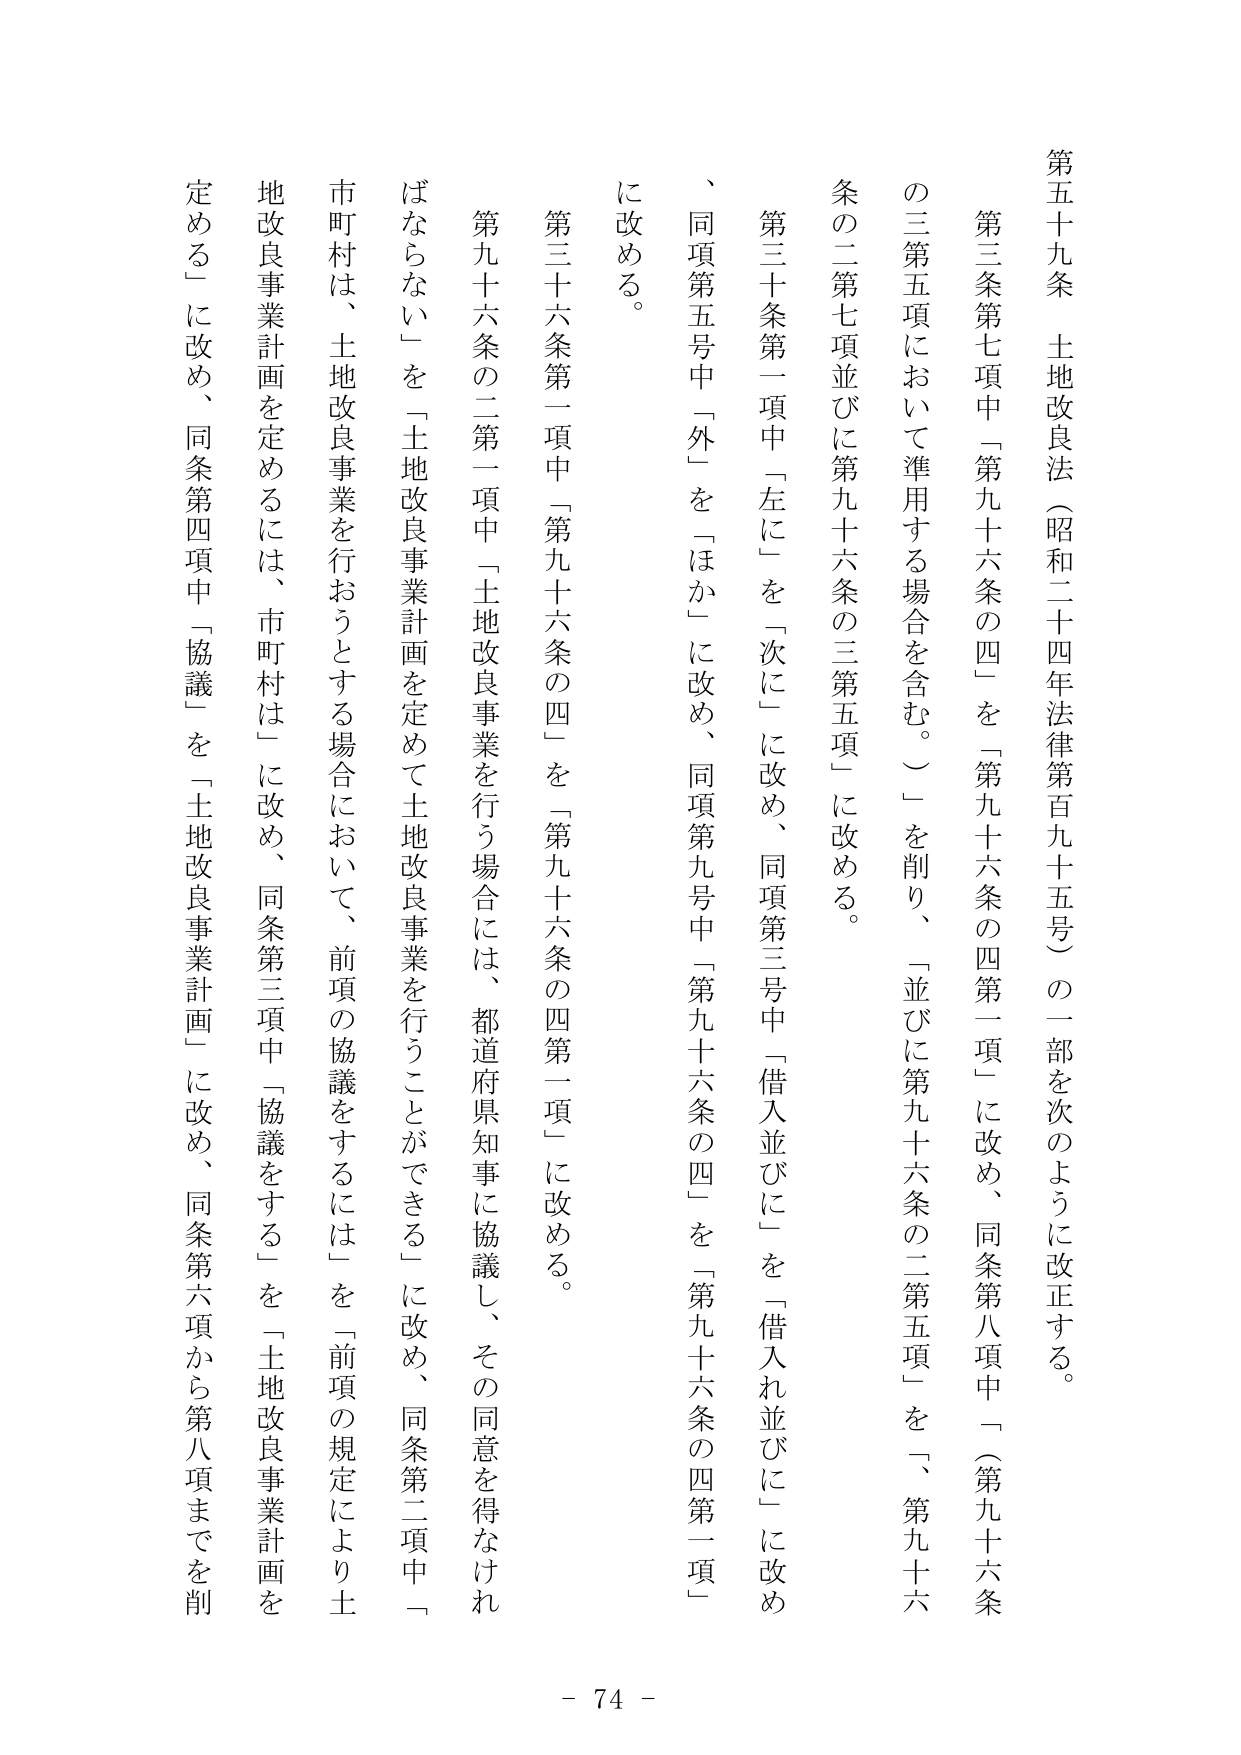
第五十九条　土地改良法（昭和二十四年法律第百九十五号）の一部を次のように改正する。

第三条第七項中「第九十六条の四」を「第九十六条の四第一項」に改め、同条第八項中「（第九十六条の三第五項において準用する場合を含む。）」を削り、「並びに第九十六条の二第五項」を「第九十六条の二第七項並びに第九十六条の三第五項」に改める。

第三十条第一項中「左に」を「次に」に改め、同項第三号中「借入並びに」を「借入れ並びに」に改め、同項第五号中「外」を「ほか」に改め、同項第九号中「第九十六条の四」を「第九十六条の四第一項」に改める。

第三十六条第一項中「第九十六条の四」を「第九十六条の四第一項」に改める。

第九十六条の二第一項中「土地改良事業を行う場合には、都道府県知事に協議し、その同意を得なければならぬ」を「土地改良事業計画を定めて土地改良事業を行うことができる」に改め、同条第二項中「市町村は、土地改良事業を行おうとする場合において、前項の協議をするには」を「前項の規定により土地改良事業計画を定めるには、市町村は」に改め、同条第三項中「協議をする」を「土地改良事業計画を定める」に改め、同条第四項中「協議」を「土地改良事業計画」に改め、同条第六項から第八項までを削る。

- 74 -